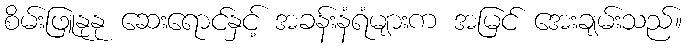
စိမ်းဖြူနုနု ဆေးရောင်နှင့် အခန်းနံရံများက အမြင် အေးချမ်းသည်။